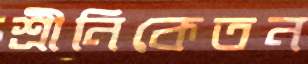
শ্রীনিকেতন